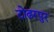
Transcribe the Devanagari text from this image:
टोढरपुर